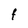
Character: F